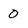
Character: 0